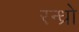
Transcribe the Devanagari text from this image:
रन्ध्रो